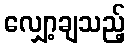
လျှော့ချသည့်